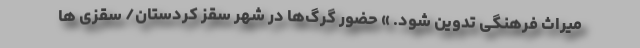
میراث فرهنگی تدوین شود. » حضور گرگ‌ها در شهر سقز کردستان/ سقزی ها